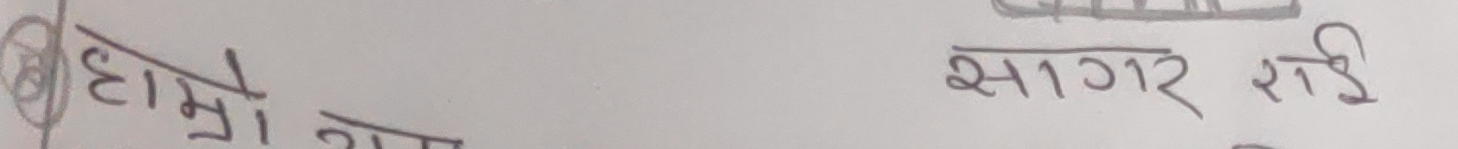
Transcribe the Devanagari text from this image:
हाम्रो नाम  सागर राई